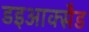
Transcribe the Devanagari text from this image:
डइआक्सैड